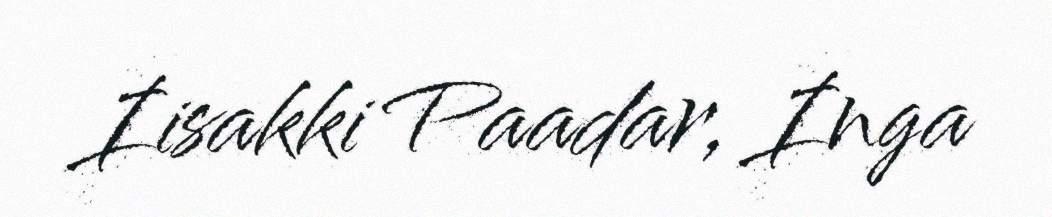
Iisakki Paadar, Inga